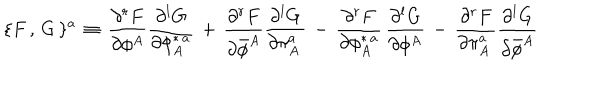
\{ F \, , \, G \, \} ^ { a } \, \equiv \, { \frac { \partial ^ { r } F } { \partial \phi ^ { A } } } { \frac { \partial ^ { l } G } { \partial \phi _ { A } ^ { \ast \, a } } } \, + \, { \frac { \partial ^ { r } F } { \partial { \bar { \phi } } ^ { A } } } { \frac { \partial ^ { l } G } { \partial \pi _ { A } ^ { a } \, } } \, - \, { \frac { \partial ^ { r } F } { \partial \phi _ { A } ^ { \ast \, a } } } \, { \frac { \partial ^ { l } G } { \partial \phi ^ { A } } } \, - \, { \frac { \partial ^ { r } F } { \partial \pi _ { A } ^ { a } \, } } { \frac { \partial ^ { l } G } { \partial { \bar { \phi } } ^ { A } } }